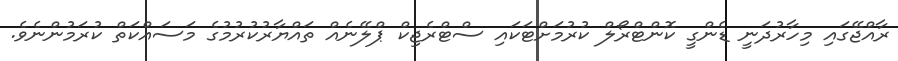
ރާއްޖޭގައި މިހާރުދަނީ ޑެންގީ ކޮންޓްރޯލް ކުރުމަށްޓަކައި ސްޓްރެޖިކް ޕްލޭނެއް ތައްޔާރުކުރުމުގެ މަސައްކަތް ކުރަމުންނެވެ.